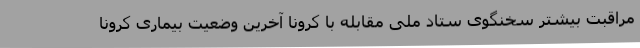
مراقبت بیشتر سخنگوی ستاد ملی مقابله با کرونا آخرین وضعیت بیماری کرونا